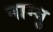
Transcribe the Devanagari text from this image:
नाम्बु